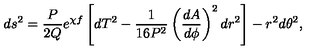
d s ^ { 2 } = \frac { P } { 2 Q } e ^ { \chi f } \left[ d T ^ { 2 } - \frac { 1 } { 1 6 P ^ { 2 } } \left( \frac { d A } { d \phi } \right) ^ { 2 } d r ^ { 2 } \right] - r ^ { 2 } d \theta ^ { 2 } ,